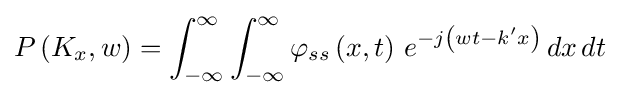
P\left(K_{x},w\right)=\int _{-\infty }^{\infty }\int _{-\infty }^{\infty }\varphi _{ss}\left(x,t\right)\,e^{-j\left(wt-k'x\right)}\,dx\,dt